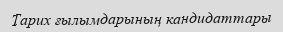
Тарих ғылымдарының кандидаттары